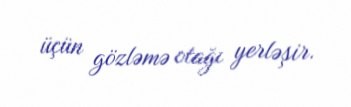
üçün gözləmə otağı yerləşir.